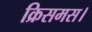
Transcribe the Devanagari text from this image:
क्रिसमस।